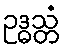
ဥဒ္ဓသ္တံ